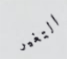
التغير